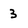
Character: 3